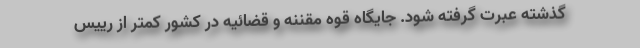
گذشته عبرت گرفته شود. جایگاه قوه مقننه و قضائیه در کشور کمتر از رییس